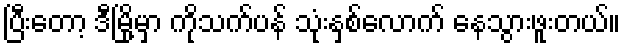
ပြီးတော့ ဒီမြို့မှာ ကိုသက်ပန် သုံးနှစ်လောက် နေသွားဖူးတယ်။